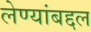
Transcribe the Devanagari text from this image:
लेण्यांबद्दल